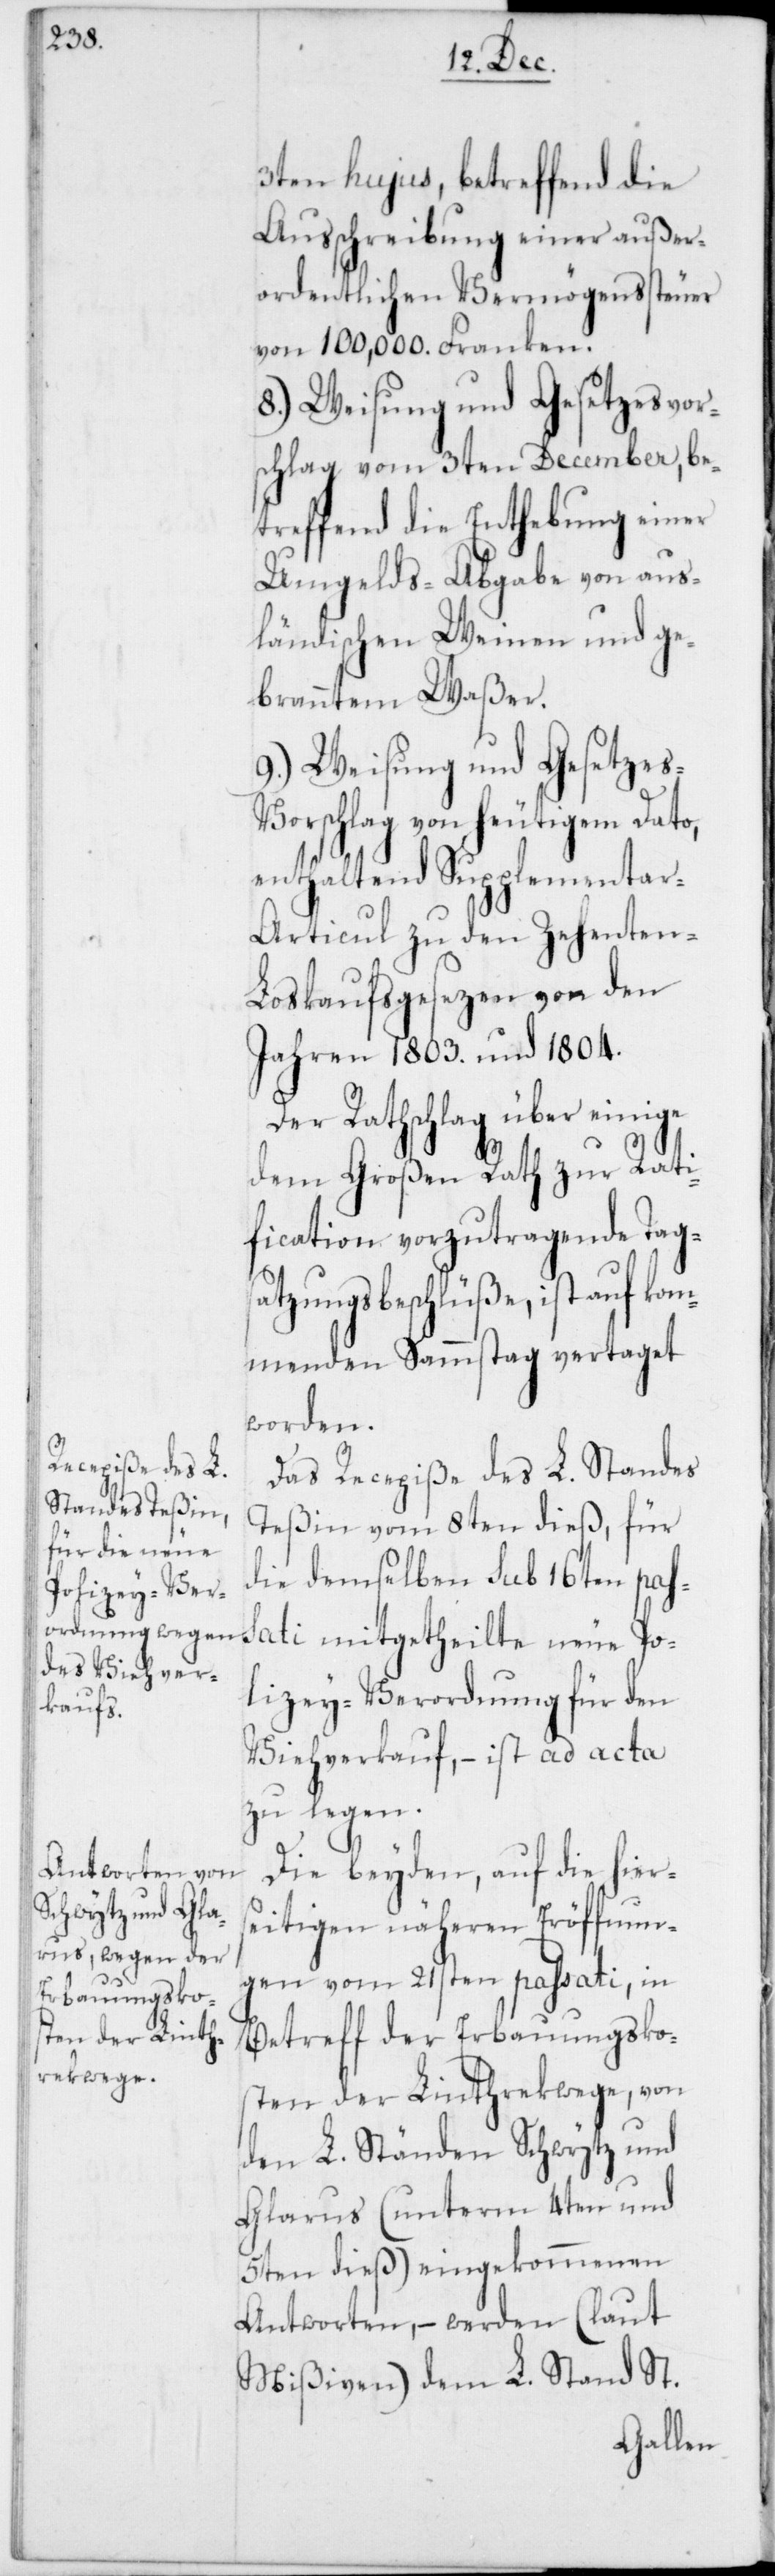
3ten hujus, betreffend die
Ausschreibung einer außer¬
ordentlichen Vermögenssteuer
von 100,000. Franken.
8.) Weisung und Gesetzesvor¬
schlag vom 3ten December, be¬
treffend die Enthebung einer
Umgelds-Abgabe von aus¬
ländischen Weinen und ge¬
branntem Waßer.
9.) Weisung und Gesetze¬
s-Vorschlag von heutigem Dato,
enthaltend Supplementa¬
r-Articul zu den Zehenten-L¬
oskaufsgesetzen von den
Jahren 1803. und 1804.
Der Rathschlag über einige
dem Großen Rath zur Rati¬
fication vorzutragende Tags¬
atzungsbeschlüße, ist auf kom¬
menden Samstag vertaget
worden.
Das Recepiße des L. Standes
Teßin vom 8ten dieß, für
die demselben sub 16ten pas¬
sati mitgetheilte neue Po¬
lizey-Verordnung für den
Viehverkauf, – ist ad acta
zu legen.
Die beyden auf die hiers¬
eitigen näheren Eröffnun¬
gen vom 21sten passati, in
Betreff der Erbauungsko¬
sten der Linthrekwege, von
den L. Ständen Schwytz und
Glarus (unterm 4ten und
5ten dieß) eingekommenen
Antworten, – werden (laut
Mißiven) dem L. Stand St.